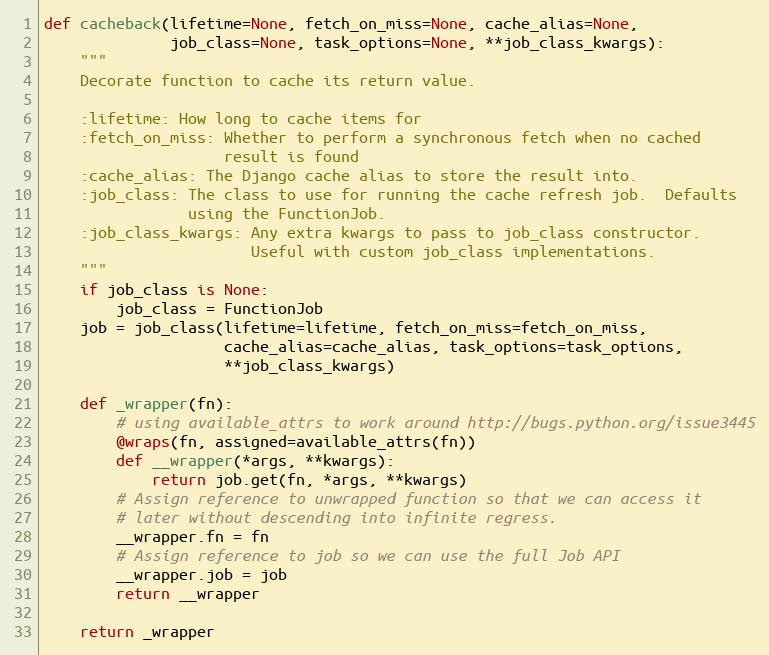
Language: Python
def cacheback(lifetime=None, fetch_on_miss=None, cache_alias=None,
              job_class=None, task_options=None, **job_class_kwargs):
    """
    Decorate function to cache its return value.

    :lifetime: How long to cache items for
    :fetch_on_miss: Whether to perform a synchronous fetch when no cached
                    result is found
    :cache_alias: The Django cache alias to store the result into.
    :job_class: The class to use for running the cache refresh job.  Defaults
                using the FunctionJob.
    :job_class_kwargs: Any extra kwargs to pass to job_class constructor.
                       Useful with custom job_class implementations.
    """
    if job_class is None:
        job_class = FunctionJob
    job = job_class(lifetime=lifetime, fetch_on_miss=fetch_on_miss,
                    cache_alias=cache_alias, task_options=task_options,
                    **job_class_kwargs)

    def _wrapper(fn):
        # using available_attrs to work around http://bugs.python.org/issue3445
        @wraps(fn, assigned=available_attrs(fn))
        def __wrapper(*args, **kwargs):
            return job.get(fn, *args, **kwargs)
        # Assign reference to unwrapped function so that we can access it
        # later without descending into infinite regress.
        __wrapper.fn = fn
        # Assign reference to job so we can use the full Job API
        __wrapper.job = job
        return __wrapper

    return _wrapper